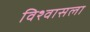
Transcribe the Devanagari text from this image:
विश्वासला